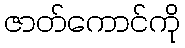
ဇာတ်ကောင်ကို